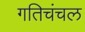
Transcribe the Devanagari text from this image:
गतिचंचल